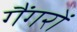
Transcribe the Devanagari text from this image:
गैंगरों